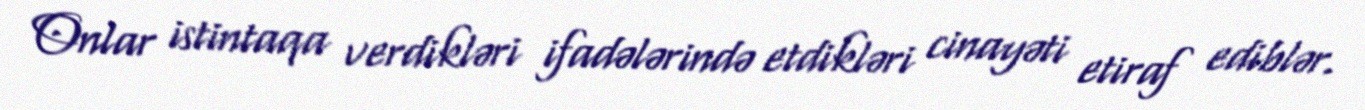
Onlar istintaqa verdikləri ifadələrində etdikləri cinayəti etiraf ediblər.